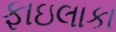
ફાઇલાકા